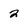
Character: 2